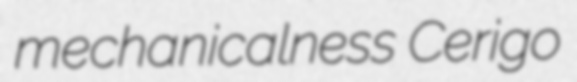
mechanicalness Cerigo